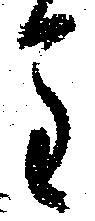
重